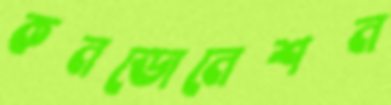
কনডোনেশন